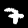
Digit: 7